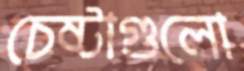
চেষ্টাগুলো